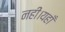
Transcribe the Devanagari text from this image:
नहीं।यहाँ